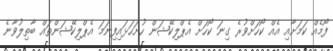
ފޯމެއް ކަމަށާއި އެއް ކޯހަށްވުރެ ގިނަ ކޯހަށް އެޕްލިކޭޝަން ހުށަހަޅައިފިނަމަ އެޕްލިކޭޝަންތައް ބާތިލުވާނެ